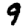
Digit: 9